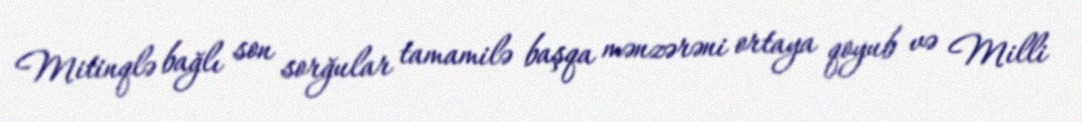
Mitinqlə bağlı son sorğular tamamilə başqa mənzərəni ortaya qoyub və Milli